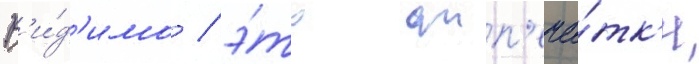
В'и́д'имо / э́то отп'еча́тк'и